Annual statistical returns and brief notes on vaccination in Bengal - 1887-1898
Year: 1887
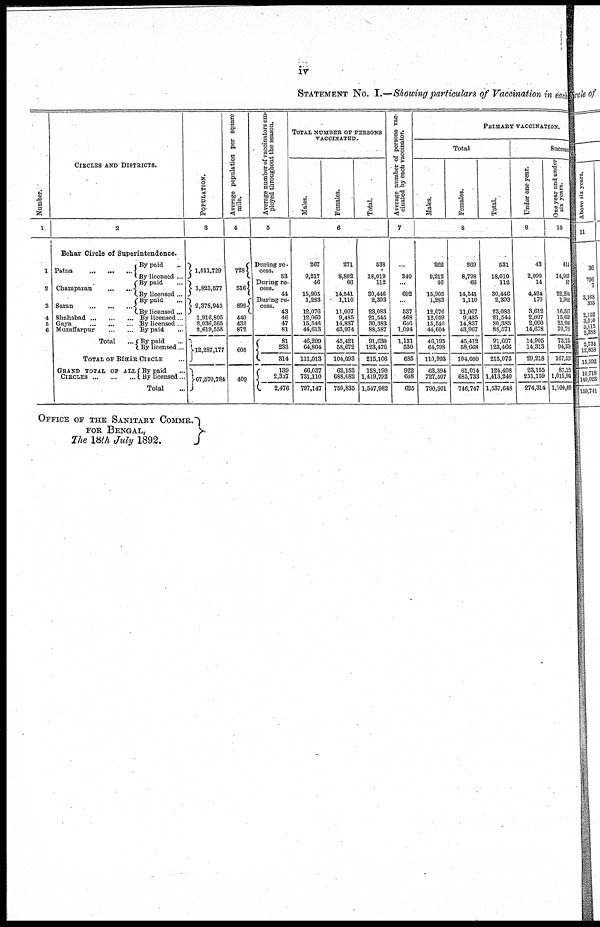
iv
STATEMENT NO. I.—Showing particulars of Vaccination in each
Number.
1
1
2
3
4
5
6
CIRCLES AND DISTRICTS.
2
Behar Circle of Superintendence.
Patna ... ... ...
Champaran
...
...
Saran
...
...
...
Shahabad
...
...
...
Gaya
...
...
...
Muzaffarpur
...
...
Total ...
By paid ...
By licensed ...
By paid ...
By licensed ...
By paid ...
By licensed ...
By licensed ...
By licensed ...
By paid ...
By paid
...
By licensed ...
TOTAL OF BÍHÁR CIRCLE ...
GRAND TOTAL OF ALL
CIRCLES
...
...
...
By paid ...
By licensed...
Total ...
POPULATION.
3
1,511,729
1,823,577
2,378,943
1,916,805
2,036,565
2,619,558
12,287,177
67,570,784
Average population per square
mile.
4
728
516
899
440
432
872
605
409
Average number of vaccinators em-
ployed throughout the season.
5
During re-
cess.
53
During re-
cess.
44
During re-
cess.
43
46
47
81
81
233
314
139
2,337
2,476
TOTAL NUMBER OF PERSONS
VACCINATED.
Males.
Females.
Total.
6
267
9,217
46
15,905
1,283
12,076
12,060
15,546
44,613
46,209
64,804
111,013
66,037
731,110
797,147
271
8,802
66
14,541
1,110
11,007
9,435
14,837
43,974
45,421
58,672
104,093
62,153
688,682
750,835
538
18,019
112
30,446
2,393
23,083
21,545
30,383
88,587
91,630
123,476
215,106
128,190
1,419,792
1,547,982
Average number of persons vac-
cinated by each vaccinator.
7
...
340
...
692
...
537
468
646
1,094
1,131
530
685
922
608
625
PRIMARY VACCIANTION.
Total
Males.
Females.
Total.
8
262
9,212
46
15,905
1,283
12,076
12,059
15,546
44,604
46,195
64,798
110,993
63,394
727,507
790,901
269
8,798
66
14,541
1,110
11,007
9,485
14,837
43,967
45,412
58,668
104,080
61,014
685,733
746,747
531
18,010
112
30,446
2,393
23,083
21,544
30,383
88,571
91,607
123,466
215,073
124,408
1,413,240
1,537,648
Success
Under one year.
9
43
2,090
14
4,424
170
3,612
2,097
2,090
14,678
14,905
14,313
29,218
23,155
251,159
274,314
One year and under
six years.
10
414
14,959
87
22,214
1,912
16,517
15,609
25,060
70,721
73,134
94,379
167,513
87,123
1,012,90
1,100,089
OFFICE OF THE SANITARY COMMR.
FOR BENGAL,
The 18th July 1892.